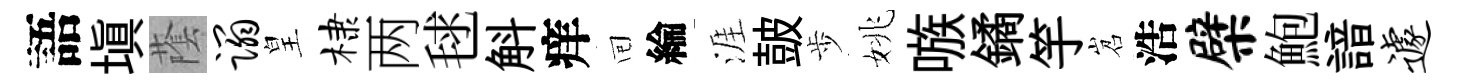
語塡䕃蹋皇棣两毬斛痒囘綸涯皷歩姚嗾鐍竽岧浩檗鮑諳遽